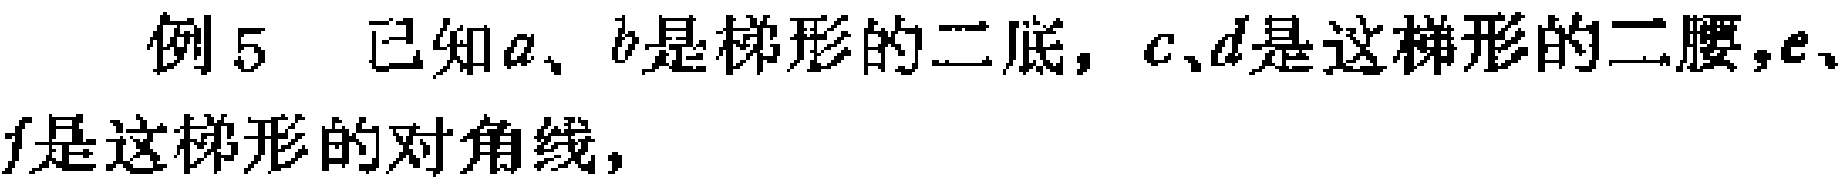
例5 已知\(a、b\)是梯形的二底，\(c、d\)是这梯形的二腰，\(e、f\)是这梯形的对角线，